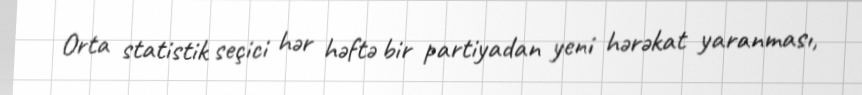
Orta statistik seçici hər həftə bir partiyadan yeni hərəkat yaranması,